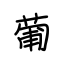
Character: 葡